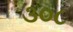
૩૦૮